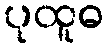
ပုထူဓ